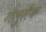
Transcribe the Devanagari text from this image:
गेलुसैक